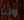
وأنا